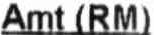
AMT(RM)